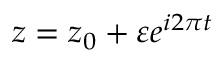
z = z _ { 0 } + \varepsilon e ^ { i 2 \pi t }